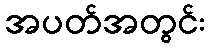
အပတ်အတွင်း